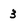
Character: 3